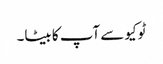
ٹوکیو سے آپ کا بیٹا۔